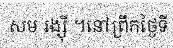
សម រង្ស៊ី ។នៅព្រឹកថ្ងៃទី